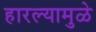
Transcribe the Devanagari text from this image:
हारल्यामुळे